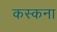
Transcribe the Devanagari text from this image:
कस्कना